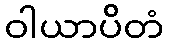
ဝါယာပိတံ